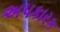
અપકારક